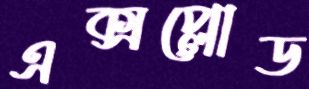
এক্সপ্লোড